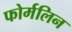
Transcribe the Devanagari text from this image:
फोर्मलिन